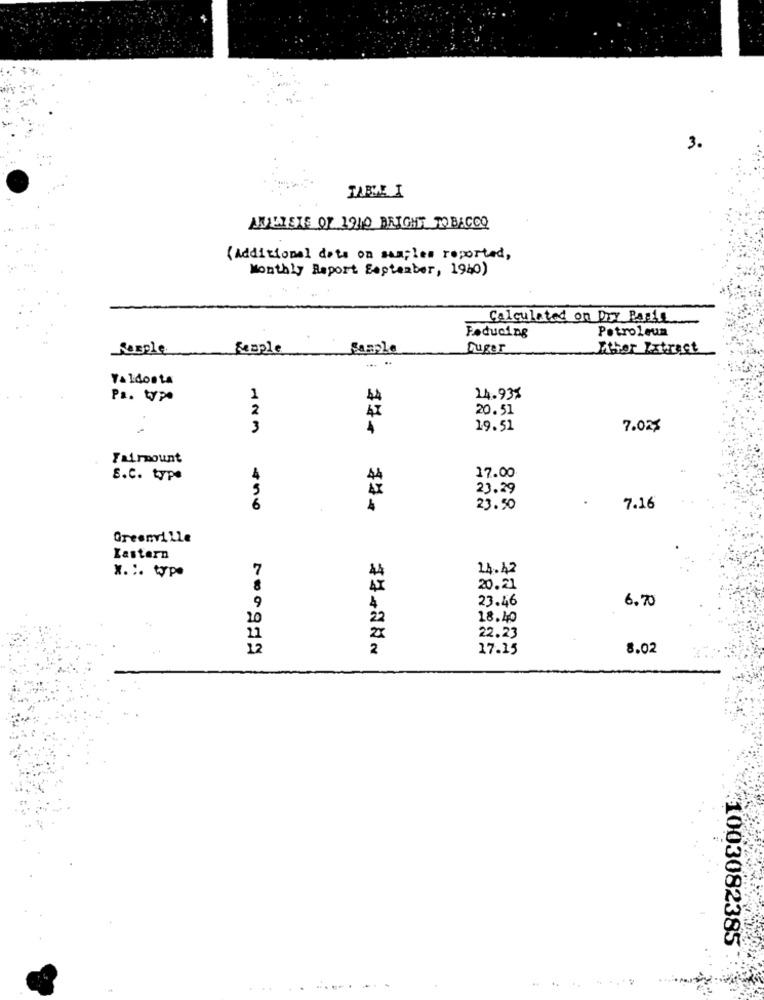
3.
ANUELETS OF 1910 BRIGHT TOBACCO
(Additional date on samples reported,
Monthly Report September, 1940)
Calculated on Dry Poste
Petroleum
Feducing
Rozple
Semple
Sample
Duger
Lithor Extract
... ..
Valdosta
Ps. W.
1
44
24.937
2
20.51
47
3
4
19.51
7.02$
Fairmount
S.C. type
17.00
23.29
.
23.50
7.16
Greenville
Lastern
x .:. type
7
4
24.42
20.21
23.46
6.70
9
4
20
18.40
25
22.23
12
2
17.15
8.02
1003082385